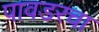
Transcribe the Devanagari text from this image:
पावडरचा